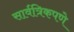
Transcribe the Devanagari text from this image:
सार्वत्रिकपणे